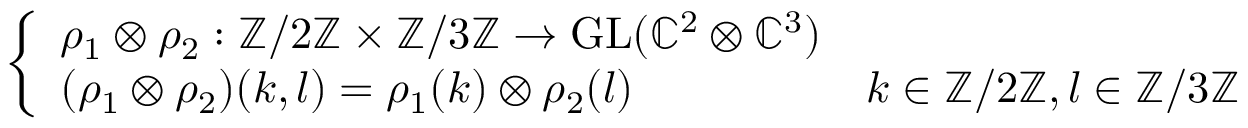
\left\{ \begin{array} { l l } { \rho _ { 1 } \otimes \rho _ { 2 } : \mathbb { Z } / 2 \mathbb { Z } \times \mathbb { Z } / 3 \mathbb { Z } \to { \mathrm { G L } } ( \mathbb { C } ^ { 2 } \otimes \mathbb { C } ^ { 3 } ) } \\ { ( \rho _ { 1 } \otimes \rho _ { 2 } ) ( k , l ) = \rho _ { 1 } ( k ) \otimes \rho _ { 2 } ( l ) } & { k \in \mathbb { Z } / 2 \mathbb { Z } , l \in \mathbb { Z } / 3 \mathbb { Z } } \end{array} \right.